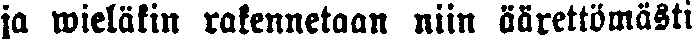
ja wieläkin rakennetaan niin äärettömästi